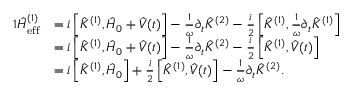
\begin{array} { r l } { { 1 } \hat { H } _ { \mathrm { e f f } } ^ { ( 1 ) } } & { = i \left[ \hat { K } ^ { ( 1 ) } , \hat { H } _ { 0 } + \hat { V } ( t ) \right] - \frac { 1 } { \omega } \partial _ { t } \hat { K } ^ { ( 2 ) } - \frac { i } { 2 } \left[ \hat { K } ^ { ( 1 ) } , \frac { 1 } { \omega } \partial _ { t } \hat { K } ^ { ( 1 ) } \right] } \\ & { = i \left[ \hat { K } ^ { ( 1 ) } , \hat { H } _ { 0 } + \hat { V } ( t ) \right] - \frac { 1 } { \omega } \partial _ { t } \hat { K } ^ { ( 2 ) } - \frac { i } { 2 } \left[ \hat { K } ^ { ( 1 ) } , \hat { V } ( t ) \right] } \\ & { = i \left[ \hat { K } ^ { ( 1 ) } , \hat { H } _ { 0 } \right] + \frac { i } { 2 } \left[ \hat { K } ^ { ( 1 ) } , \hat { V } ( t ) \right] - \frac { 1 } { \omega } \partial _ { t } \hat { K } ^ { ( 2 ) } . } \end{array}